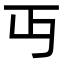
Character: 丏